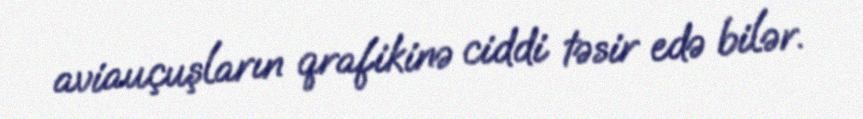
aviauçuşların qrafikinə ciddi təsir edə bilər.